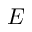
E